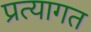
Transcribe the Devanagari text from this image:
प्रत्यागत